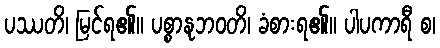
ပဿတိ၊ မြင်ရ၏။ ပစ္စာနုဘဝတိ၊ ခံစားရ၏။ ပါပကာရီ စ၊